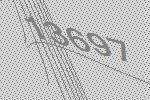
13697